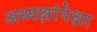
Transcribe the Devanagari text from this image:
अध्यक्षांपेक्षा